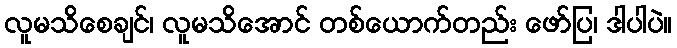
လူမသိစေချင်၊ လူမသိအောင် တစ်ယောက်တည်း ဖော်ပြ၊ ဒါပါပဲ။